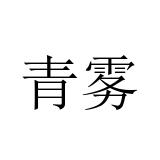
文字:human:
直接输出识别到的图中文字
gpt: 青雾